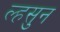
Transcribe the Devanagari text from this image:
ल्हसुन